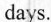
days.